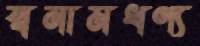
স্বনামধণ্য